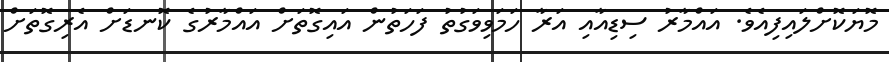
މޮޔަކޮށްލައިފިއެވެ. އައްމާރު ސިޑިއާއި އަރާ ހަމަވިވަގުތު ފަހަތުން އައިގޮތަށް އައްމާރުގެ ކޮނޑަށް އެރިގޮތަށް